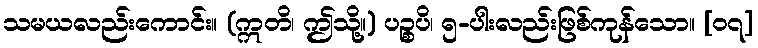
သမယလည်းကောင်း။ (ဣတိ၊ ဤသို့။) ပဉ္စပိ၊ ၅-ပါးလည်းဖြစ်ကုန်သော။ [၀၇]